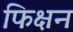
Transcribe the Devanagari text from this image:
फिक्षन